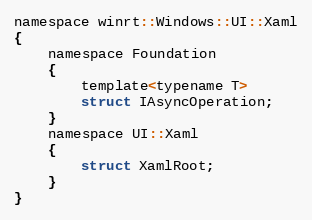
Language: C
namespace winrt::Windows::UI::Xaml
{
    namespace Foundation
    {
        template<typename T>
        struct IAsyncOperation;
    }
    namespace UI::Xaml
    {
        struct XamlRoot;
    }
}